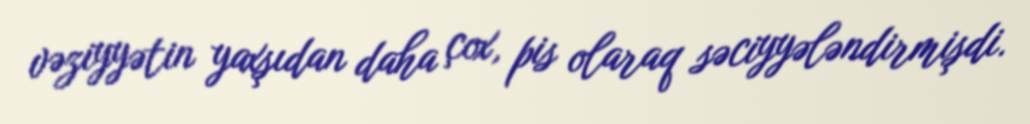
vəziyyətin yaxşıdan daha çox, pis olaraq səciyyələndirmişdi.